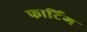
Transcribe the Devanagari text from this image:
फार्टिंग